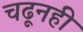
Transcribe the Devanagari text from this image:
चढूनही